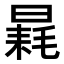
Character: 𣉶